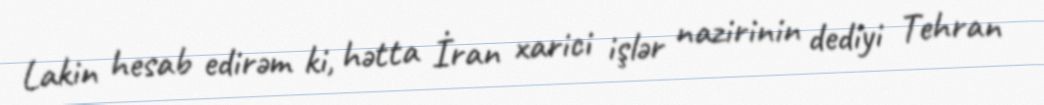
Lakin hesab edirəm ki, hətta İran xarici işlər nazirinin dediyi Tehran